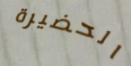
الحضيرة